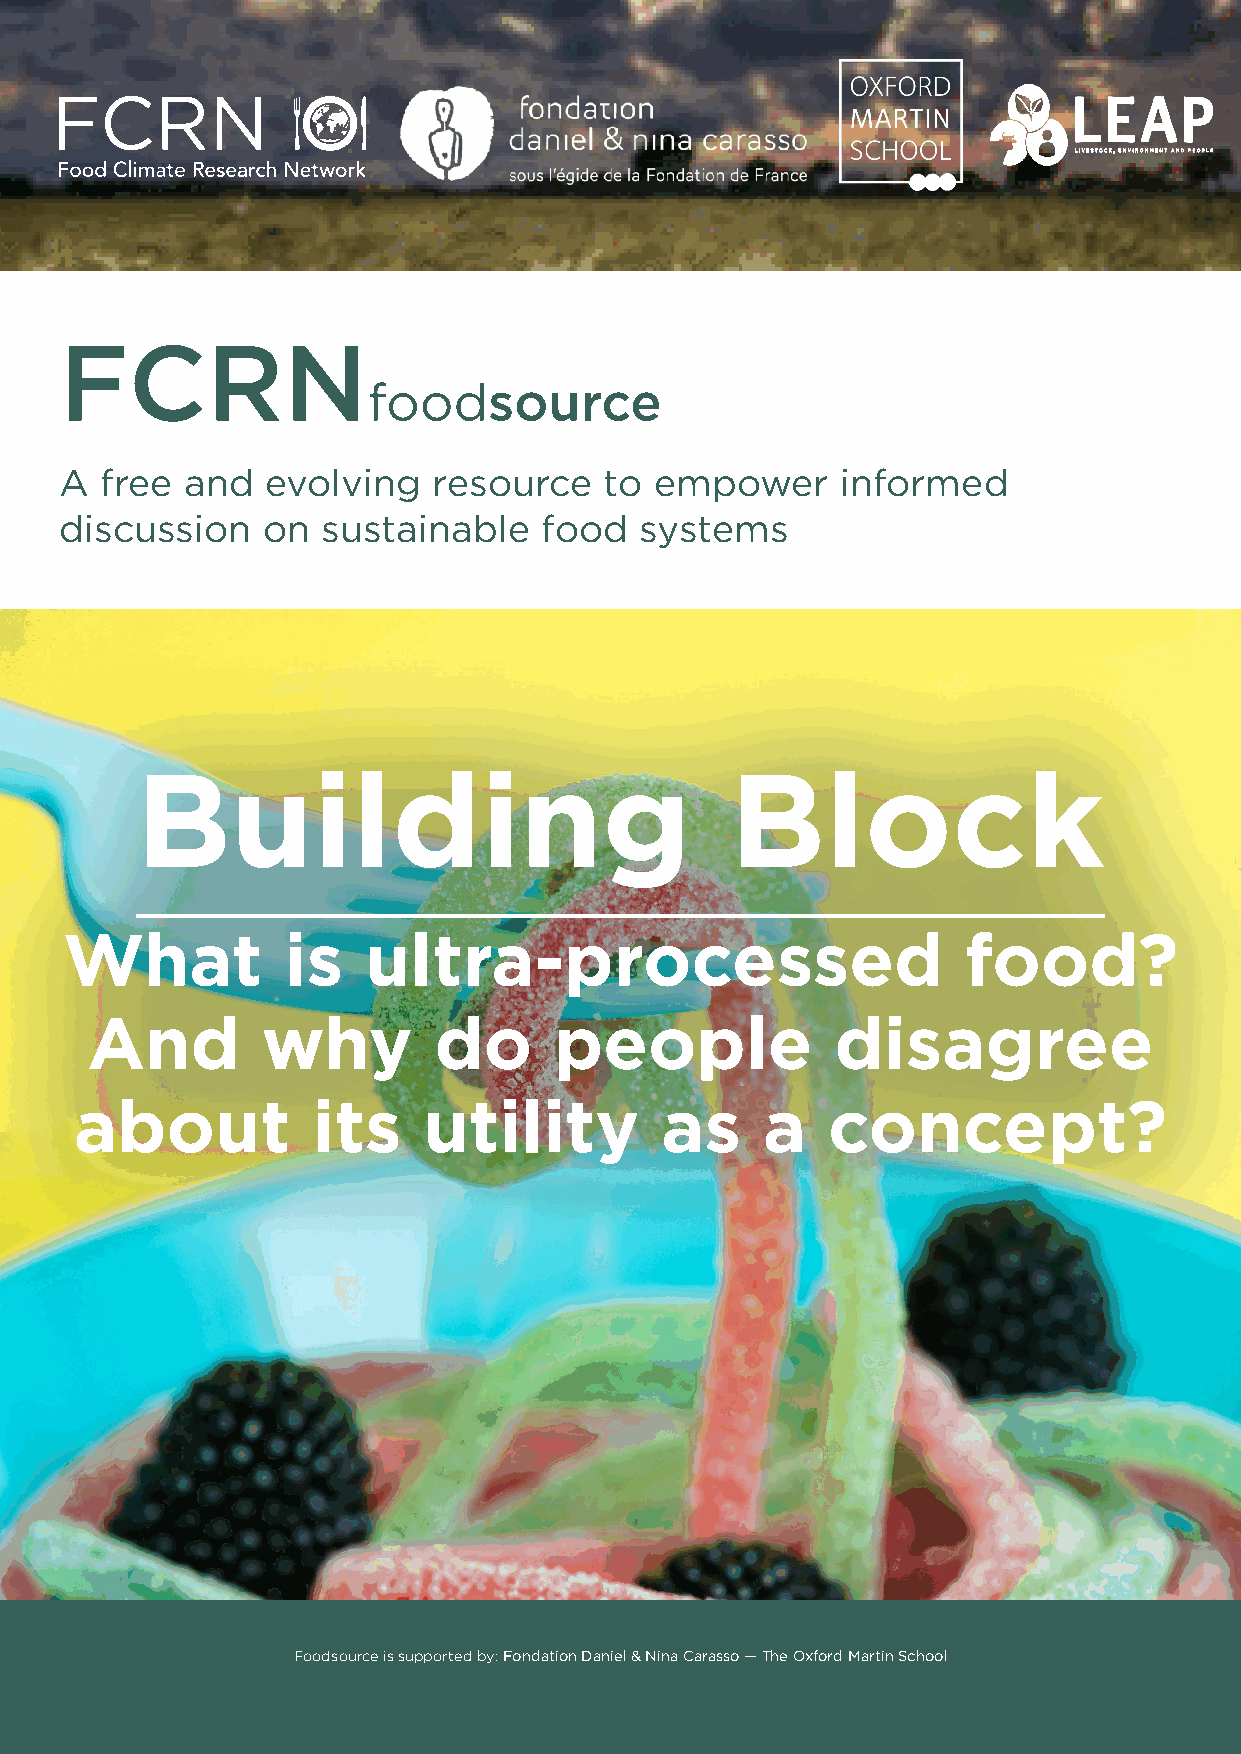
v
 FCRN
 foodsource
 A  free and   evolving   resource   to empower      informed
 discussion   on  sustainable    food  systems
 Building                               Block
 What           is   ultra-processed                         food?
 And        why         do      people            disagree
 about           its    utility         as    a    concept?
 Foodsource is supported by: Fondation Daniel & Nina Carasso — The Oxford Martin School